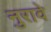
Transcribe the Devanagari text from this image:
नुरावे